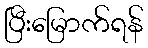
ပြီးမြောက်ရန်